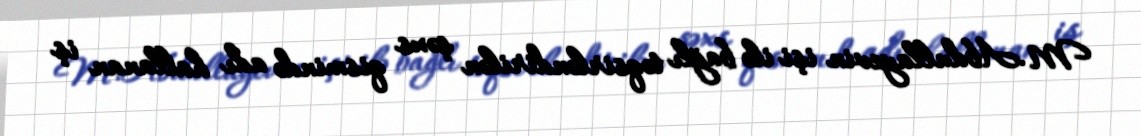
M.Abdullayevin işi ilə bağlı təqsirləndirilən şəxs qismində adı hallanan iş